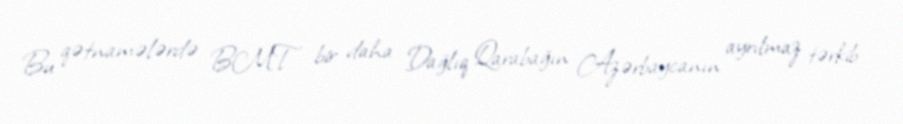
Bu qətnamələrdə BMT bir daha Dağlıq Qarabağın Azərbaycanın ayrılmaz tərkib